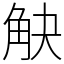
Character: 觖